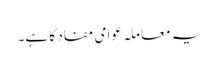
یہ معاملہ عوامی مفاد کا ہے۔